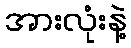
အားလုံးနဲ့